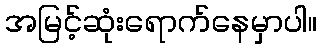
အမြင့်ဆုံးရောက်နေမှာပါ။